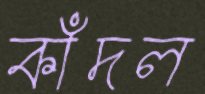
কাঁদল